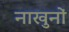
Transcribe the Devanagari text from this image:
नाखुनों